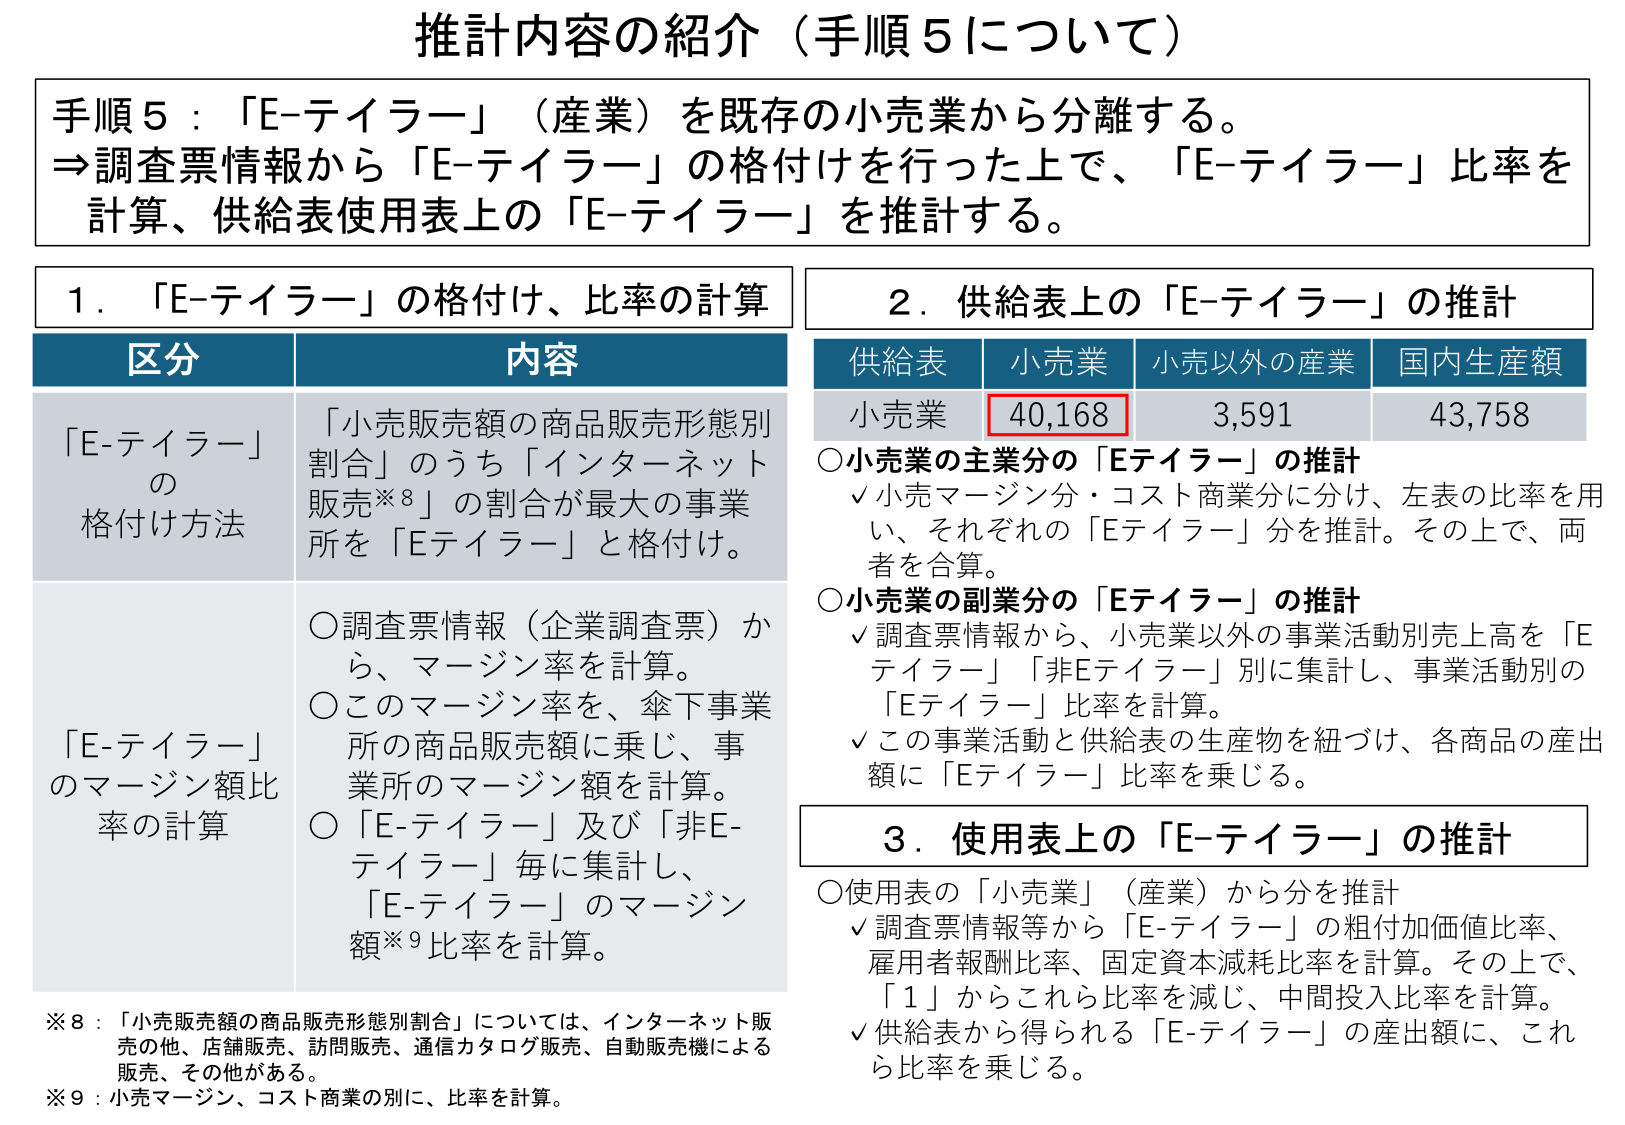
推計内容の紹介（手順５について）

手順５：「E-テイラー」（産業）を既存の小売業から分離する。
⇒調査票情報から「E-テイラー」の格付けを行った上で、「E-テイラー」比率を
計算、供給表使用表上の「E-テイラー」を推計する。

１．「E-テイラー」の格付け、比率の計算

区分　　　　　　　　　　　　　内容
「E-テイラー」　　　　　　「小売販売額の商品販売形態別
の　　　　　　　　　　　　　割合」のうち「インターネット
格付け方法　　　　　　　　　販売※8」の割合が最大の事業
　　　　　　　　　　　　　　所を「Eテイラー」と格付け。

「E-テイラー」　　　　　　○調査票情報（企業調査票）か
のマージン額比　　　　　　ら、マージン率を計算。
率の計算　　　　　　　　　　○このマージン率を、傘下事業
　　　　　　　　　　　　　　所の商品販売額に乗じ、事業
　　　　　　　　　　　　　　所のマージン額を計算。
　　　　　　　　　　　　　　○「E-テイラー」及び「非E-
　　　　　　　　　　　　　　テイラー」毎に集計し、
　　　　　　　　　　　　　　「E-テイラー」のマージン
　　　　　　　　　　　　　　額※9比率を計算。

※8：「小売販売額の商品販売形態別割合」については、インターネット販
　　売の他、店舗販売、訪問販売、通信カタログ販売、自動販売機による
　　販売、その他がある。
※9：小売マージン、コスト商業の別に、比率を計算。

２．供給表上の「E-テイラー」の推計

供給表　　　小売業　　　小売以外の産業　　　国内生産額
小売業　　　40,168　　　3,591　　　　　　　43,758

○小売業の主業分の「Eテイラー」の推計
　√小売マージン分・コスト商業分に分け、左表の比率を用
　　い、それぞれの「Eテイラー」分を推計。その上で、両
　　者を合算。

○小売業の副業分の「Eテイラー」の推計
　√調査票情報から、小売業以外の事業活動別売上高を「E
　　テイラー」「非Eテイラー」別に集計し、事業活動別の
　　「Eテイラー」比率を計算。
　√この事業活動と供給表の生産物を紐づけ、各商品の産出
　　額に「Eテイラー」比率を乗じる。

３．使用表上の「E-テイラー」の推計

○使用表の「小売業」（産業）から分を推計
　√調査票情報等から「E-テイラー」の粗付加価値比率、
　　雇用者報酬比率、固定資本減耗比率を計算。その上で、
　　「1」からこれら比率を減じ、中間投入比率を計算。
　√供給表から得られる「E-テイラー」の産出額に、これ
　　ら比率を乗じる。